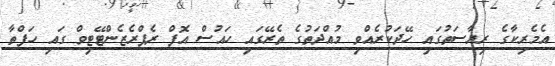
އެމެރިކާގެ ރިޔާސަތުގައި ހޭދަކުރެއްވި މުއްދަތުގެ ތެރޭގައި ހައުސް އޮފް ރެޕްރެޒެންޓޭޓިވް ގައި ހަފްތާ